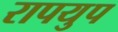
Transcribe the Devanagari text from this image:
रापयुप